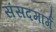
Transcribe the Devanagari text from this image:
संसदमार्ग